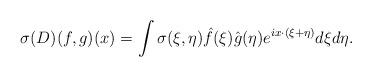
LaTeX: \begin{align*}\sigma(D)(f,g)(x)= \int \sigma(\xi,\eta) \hat f(\xi) \hat g(\eta) e^{i x \cdot (\xi+\eta)} d\xi d\eta.\end{align*}